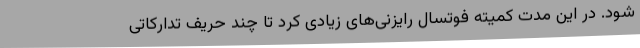
شود. در این مدت کمیته فوتسال رایزنی‌های زیادی کرد تا چند حریف تدارکاتی